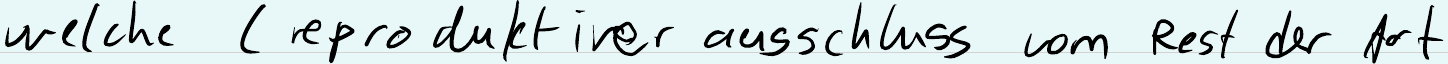
welche ( reproduktiver auschluss vom Rest der Art